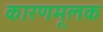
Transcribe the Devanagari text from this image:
कारणमूलक